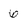
Character: 6